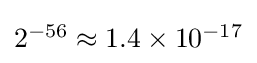
{\textstyle 2^{-56}\approx 1.4\times 10^{-17}}